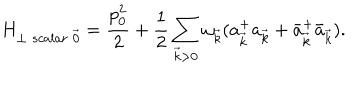
H _ { \perp \; s c a l a r \; \vec { 0 } } = \frac { p _ { 0 } ^ { 2 } } { 2 } + \frac { 1 } { 2 } \sum _ { \vec { k } > 0 } \omega _ { \vec { k } } ( a _ { \vec { k } } ^ { + } a _ { \vec { k } } + \bar { a } _ { \vec { k } } ^ { + } \bar { a } _ { \vec { k } } ) .